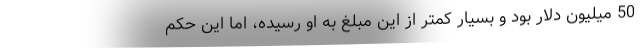
50 میلیون دلار بود و بسیار کمتر از این مبلغ به او رسیده، اما این حکم